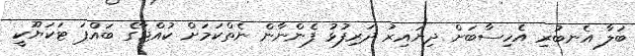
ބަލާ އެނބުރި އެހިސާބަށް ދިޔައިރު ދަރިފުޅު ފެންނާން ނެތްކަމަށް ކުއްޖާގެ ބައްޕަ ޓަކަޔޫކީ